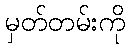
မှတ်တမ်းကို